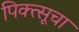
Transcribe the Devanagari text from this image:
पिक्त्सूचा